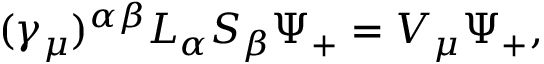
( \gamma _ { \mu } ) ^ { \alpha \beta } L _ { \alpha } S _ { \beta } \Psi _ { + } = V _ { \mu } \Psi _ { + } ,